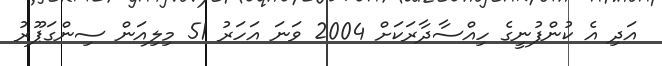
އަދި އެ ކުންފުނީގެ ހިއްސާދާރަކަށް 2004 ވަނަ އަހަރު 51 މިލިއަން ސިންގަޕޫރު